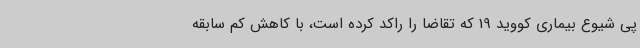
پی شیوع بیماری کووید 19 که تقاضا را راکد کرده است، با کاهش کم سابقه